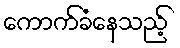
ကောက်ခံနေသည့်